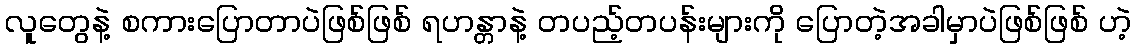
လူတွေနဲ့ စကားပြောတာပဲဖြစ်ဖြစ် ရဟန္တာနဲ့ တပည့်တပန်းများကို ပြောတဲ့အခါမှာပဲဖြစ်ဖြစ် ဟဲ့